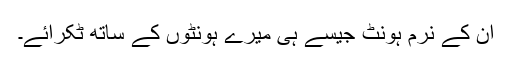
ان کے نرم ہونٹ جیسے ہی میرے ہونٹوں کے ساتھ ٹکرائے۔